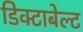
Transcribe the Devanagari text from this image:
डिक्टाबेल्ट